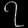
Digit: ၇